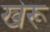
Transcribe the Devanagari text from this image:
खेरू